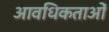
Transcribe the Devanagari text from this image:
आवधिकताओं